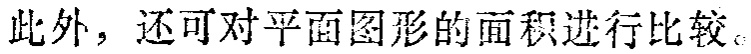
此外，还可对平面图形的面积进行比较。